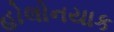
હોલોનયાક